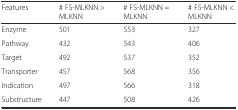
<table><thead><tr><td><b>Features</b></td><td><b># FS-MLKNN &gt; MLKNN</b></td><td><b># FS-MLKNN = MLKNN</b></td><td><b># FS-MLKNN &lt; MLKNN</b></td></tr></thead><tbody><tr><td>Enzyme</td><td>501</td><td>553</td><td>327</td></tr><tr><td>Pathway</td><td>432</td><td>543</td><td>406</td></tr><tr><td>Target</td><td>492</td><td>537</td><td>352</td></tr><tr><td>Transporter</td><td>457</td><td>568</td><td>356</td></tr><tr><td>Indication</td><td>497</td><td>566</td><td>318</td></tr><tr><td>Substructure</td><td>447</td><td>508</td><td>426</td></tr></tbody></table>